Report on vaccination in the Province of Bengal - 1869-1873
Year: 1869
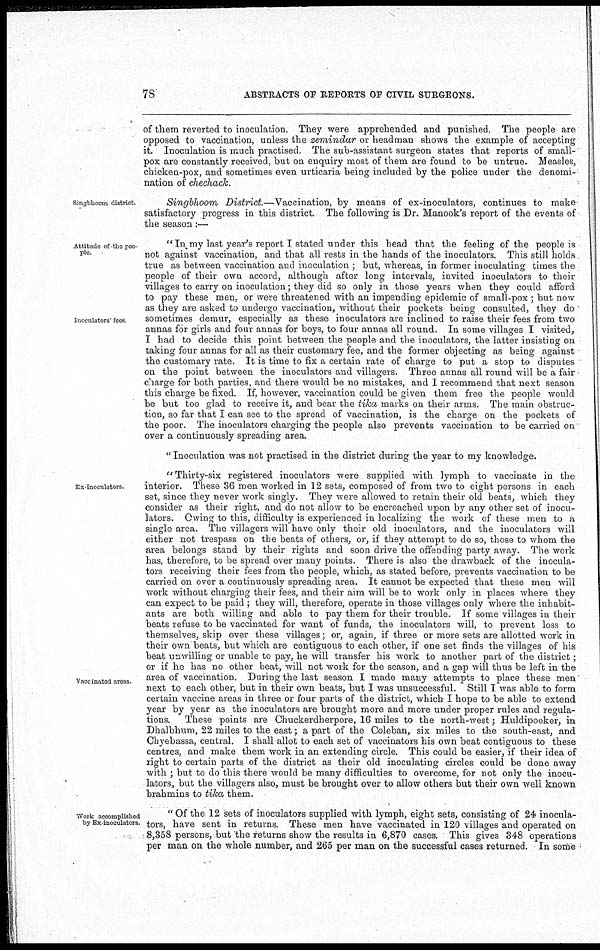
78
ABSTRACTS OF REPORTS OF CIVIL SURGEONS.
of them reverted to inoculation. They were apprehended and punished. The people are
opposed to vaccination, unless the zemindar or headman shows the example of accepting
it. Inoculation is much practised. The sub-assistant surgeon states that reports of small-
pox are constantly received, but on enquiry most of them are found to be untrue. Measles,
chicken-pox, and sometimes even urticaria being included by the police under the denomi-
nation of chechack.
Singbhoom district.
Singbhoom District—Vaccination,
by means of ex-inoculators, continues to make
satisfactory progress in this district. The following is Dr. Manook's report of the events of
the season:—
Attitude of the peo-
ple
Inoculators' fees
"In my last year's report I stated under this head that the feeling of the people is
not against vaccination, and that all rests in the hands of the inoculators. This still holds
true as between vaccination and inoculation ; but, whereas, in former inoculating times the
people of their own accord, although after long intervals, invited inoculators to their
villages to carry on inoculation; they did so only in those years when they could afford
to pay these men, or were threatened with an impending epidemic of small-pox ; but now
as they are asked to undergo vaccination, without their pockets being consulted, they do
sometimes demur, especially as these inoculators are inclined to raise their fees from two
annas for girls and four annas for boys, to four annas all round. In some villages I visited,
I had to decide this point between the people and the inoculators, the latter insisting on
taking four annas for all as their customary fee, and the former objecting as being against
the customary rate. It is time to fix a certain rate of charge to put a stop to disputes
on the point between the inoculators and villagers. Three annas all round will be a fair
charge for both parties, and there would be no mistakes, and I recommend that next season
this charge be fixed. If, however, vaccination could be given them free the people would
be but too glad to receive it, and bear the tika marks on their arms. The main obstruc-
tion, so far that I can see to the spread of vaccination, is the charge on the pockets of
the poor. The inoculators charging the people also prevents vaccination to be carried on
over a continuously spreading area.
" Inoculation was not practised in the district during the year to my knowledge.
Ex-inoculators.
Vaccinated areas.
" Thirty-six registered inoculators were supplied with lymph to vaccinate in the
interior. These 36 men worked in 12 sets, composed of from two to eight persons in each
set, since they never work singly. They were allowed to retain their old beats, which they
consider as their right, and do not allow to be encroached upon by any other set of inocu-
lators. Owing to this, difficulty is experienced in localizing the work of these men to a
single area. The villagers will have only their old inoculators, and the inoculators will
either not trespass on the beats of others, or, if they attempt to do so, those to whom the
area belongs stand by their rights and soon drive the offending party away. The work
has, therefore, to be spread over many points. There is also the drawback of the inocula-
tors receiving their fees from the people, which, as stated before, prevents vaccination to be
carried on over a continuously spreading area. It cannot be expected that these men will
work without charging their fees, and their aim will be to work only in places where they
can expect to be paid ; they will, therefore, operate in those villages only where the inhabit-
ants are both willing and able to pay them for their trouble. If some villages in their
beats refuse to be vaccinated for want of funds, the inoculators will, to prevent loss to
themselves, skip over these villages; or, again, if three or more sets are allotted work in
their own beats, but which are contiguous to each other, if one set finds the villages of his
beat unwilling or unable to pay, he will transfer his work to another part of the district;
or if he has no other beat, will not work for the season, and a gap will thus be left in the
area of vaccination. During the last season I made many attempts to place these men
next to each other, but in their own beats, but I was unsuccessful. Still I was able to form
certain vaccine areas in three or four parts of the district, which I hope to be able to extend
year by year as the inoculators are brought more and more under proper rules and regula-
tions. These points are Chuckerdherpore, 16 miles to the north-west; Huldipooker, in
Dhalbhum, 22 miles to the east; a part of the Coleban, six miles to the south-east, and
Chyebassa, central. I shall allot to each set of vaccinators his own beat contiguous to these
centres, and make them work in an extending circle. This could be easier, if their idea of
right to certain parts of the district as their old inoculating circles could be done away
with ; but to do this there would be many difficulties to overcome, for not only the inocu-
lators, but the villagers also, must be brought over to allow others but their own well known
brahmins to tika them.
Work accomplished
by Ex-inoculators.
" Of the 12 sets of inoculators supplied with lymph, eight sets, consisting of 24 inocula-
tors, have sent in returns. These men have vaccinated in 120 villages and operated on
8,358 persons, but the returns show the results in 6,870 cases. This gives 348 operations
per man on the whole number, and 265 per man on the successful cases returned. In some